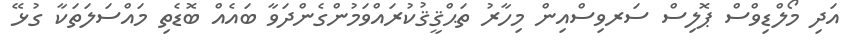
އަދި މޯލްޑިވްސް ޕޮލިސް ސަރވިސްއިން މިހާރު ތަޙްޤީޤުކުރައްވަމުންގެންދަވާ ބައެއް ބޮޑެތި މައްސަލަތަކާ ގުޅޭ